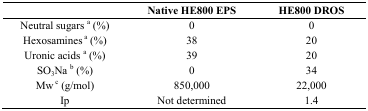
<table><thead><tr><td></td><td><b>Native HE800 EPS</b></td><td><b>HE800 DROS</b></td></tr></thead><tbody><tr><td>Neutral sugars <sup>a</sup> (%)</td><td>0</td><td>0</td></tr><tr><td>Hexosamines<sup> a</sup> (%)</td><td>38</td><td>20</td></tr><tr><td>Uronic acids <sup>a</sup> (%)</td><td>39</td><td>20</td></tr><tr><td>SO<sub>3</sub>Na <sup>b</sup> (%)</td><td>0</td><td>34</td></tr><tr><td>Mw<sup> c</sup> (g/mol)</td><td>850,000</td><td>22,000</td></tr><tr><td>Ip</td><td>Not determined</td><td>1.4</td></tr></tbody></table>